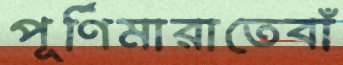
পূর্ণিমারাতেবাঁ